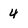
Character: 4